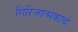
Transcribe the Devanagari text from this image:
गिरिजात्मकाचे